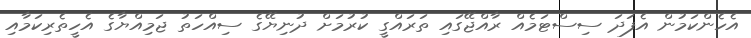
އެހެންކަމުން އެފަދަ ސިސްޓަމެއް ރާއްޖޭގައި ތަރައްގީ ކުރުމަށް ދުނިޔޭގެ ސިއްހަތު ޖަމިއްޔާގެ އެހީތެރިކަމާއި